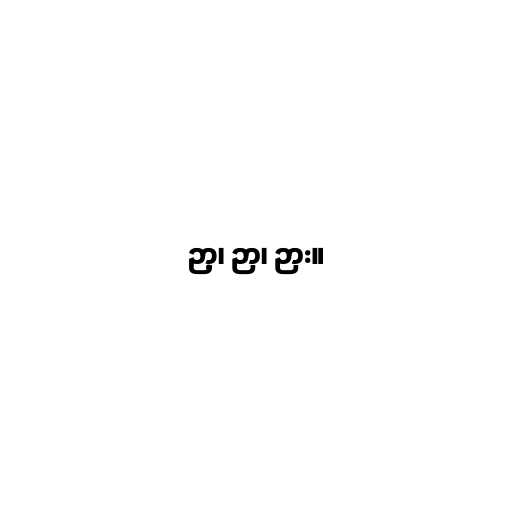
ဉာ့၊ ဉာ၊ ဉား။